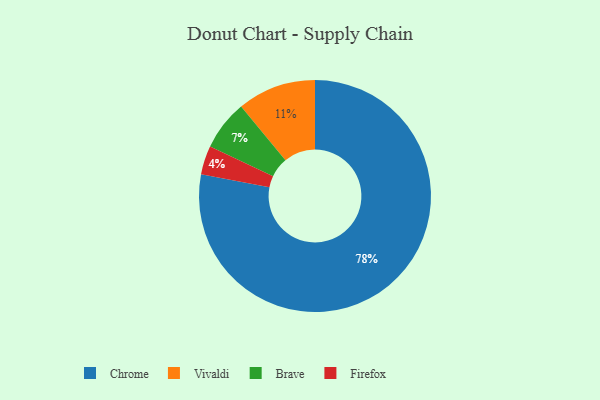
{"axis": {"x": "Category", "y": "Percentage"}, "legend": ["Brave", "Chrome", "Firefox", "Vivaldi"], "data": [{"x": "Vivaldi", "y": 11, "type": "Vivaldi"}, {"x": "Firefox", "y": 4, "type": "Firefox"}, {"x": "Chrome", "y": 78, "type": "Chrome"}, {"x": "Brave", "y": 7, "type": "Brave"}]}